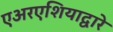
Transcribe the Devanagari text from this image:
एअरएशियाद्वारे